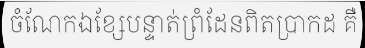
ចំណែកឯខ្សែបន្ទាត់ព្រំដែនពិតប្រាកដ គឺ